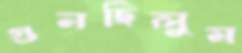
গুনছিলুম